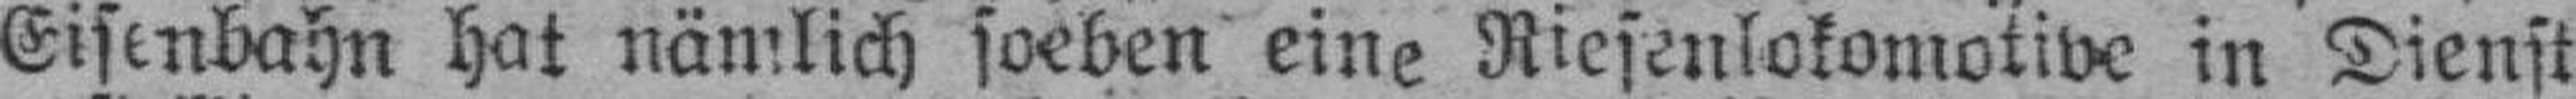
Eisenbahn hat nämlich soeben eine Riesenlokomotive in Dienst